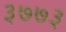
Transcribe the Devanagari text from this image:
३७७३